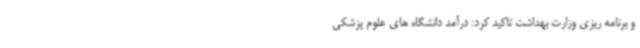
و برنامه ریزی وزارت بهداشت تاکید کرد: درآمد دانشگاه های علوم پزشکی